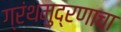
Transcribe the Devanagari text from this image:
ग्रंथमुद्रणाचा